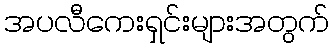
အပလီကေးရှင်းများအတွက်